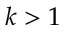
k > 1